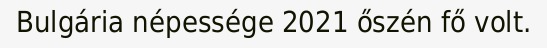
Bulgária népessége 2021 őszén fő volt.